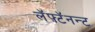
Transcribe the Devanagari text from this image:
लॅफ़्टॅनन्ट